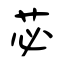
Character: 苾